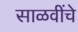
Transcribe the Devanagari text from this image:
साळवींचे